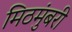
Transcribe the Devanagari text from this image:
मिठमुंबरी